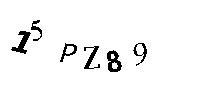
15PZ89